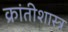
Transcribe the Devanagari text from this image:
क्रांतीशास्त्र